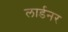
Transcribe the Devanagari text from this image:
लार्डनर